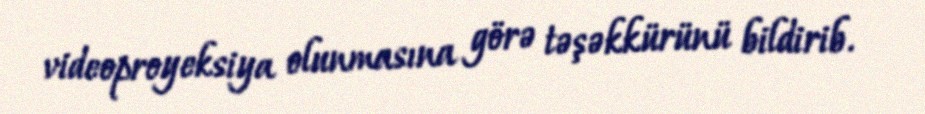
videoproyeksiya olunmasına görə təşəkkürünü bildirib.